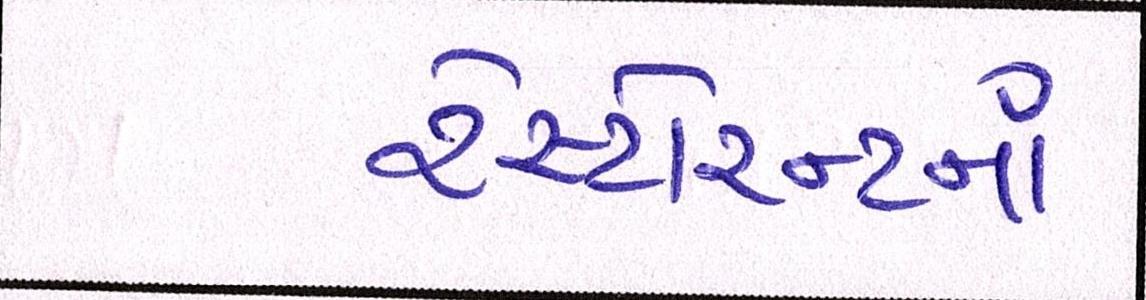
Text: રેસ્ટોરન્ટનાં